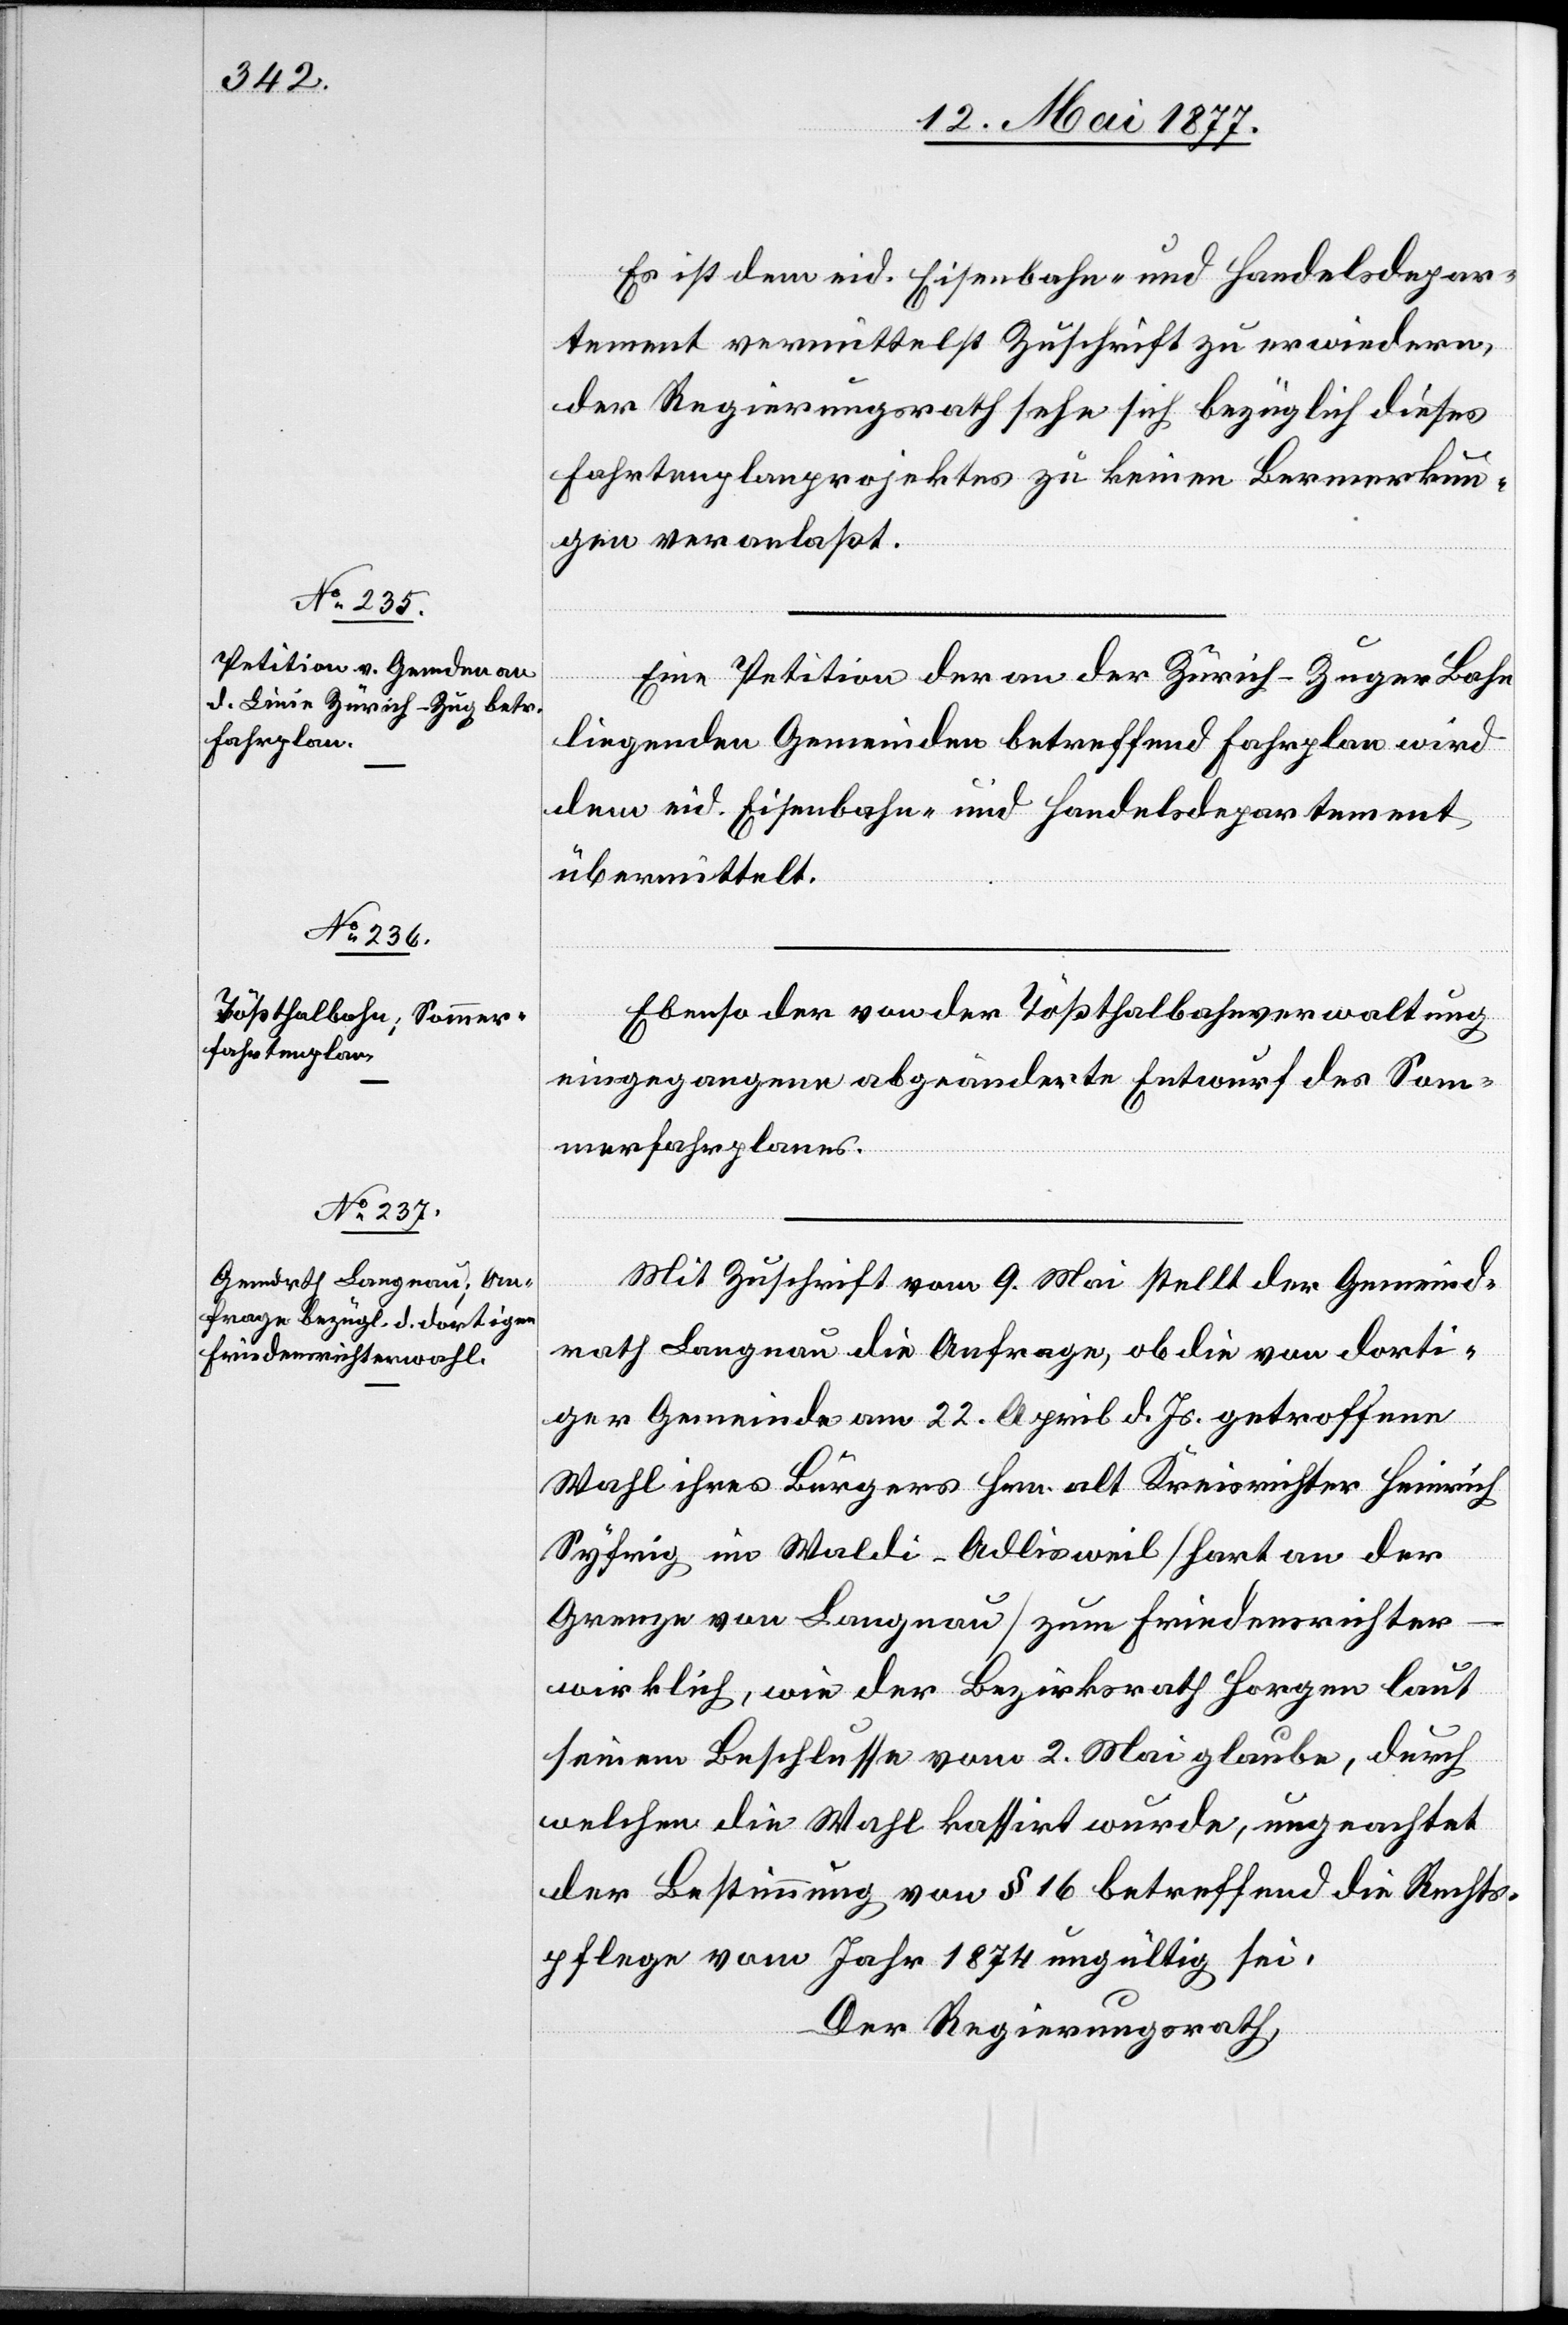
fahrtenplanes.

Es ist dem eid. Eisenbahn- und Handelsdepar¬
tement vermittelst Zuschrift zu erwiedern
der Regierungsrath sehe sich bezüglich dieses
Fahrtenplanprojektes zu keinen Bemerkun¬
gen veranlaßt.
Eine Petition der an der Zürich–Zuger Bahn
liegenden Gemeinden betreffend Fahrplan wird
dem eid. Eisenbahn- und Handelsdepartement
übermittelt.
Ebenso der von der Tößthalbahnverwaltung
eingegangene abgeänderte Entwurf des Som¬
mer¬
Mit Zuschrift vom 9. Mai stellt der Gemeind¬
rath Langnau die Anfrage, ob die von dorti¬
ger Gemeinde am 22. April d. Js. getroffene
Wahl ihres Bürgers Hrn. alt Kreisrichter Heinrich
Syfrig im Waldi - Adlisweil [Hart an der
Grenze von Langnau] zum Friedensrichter
wirklich, wie der Bezirksrath Horgen laut
seinem Beschlusse vom 2. Mai glaube, durch
welchen die Wahl kassirt wurde, ungeachtet
der Bestimmung von § 16 betreffend die Rechts¬
pflege vom Jahr 1874 ungültig sei.
Der Regierungsrath,